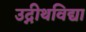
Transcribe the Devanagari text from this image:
उद्नीथविद्या